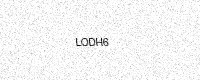
Text: LODH6